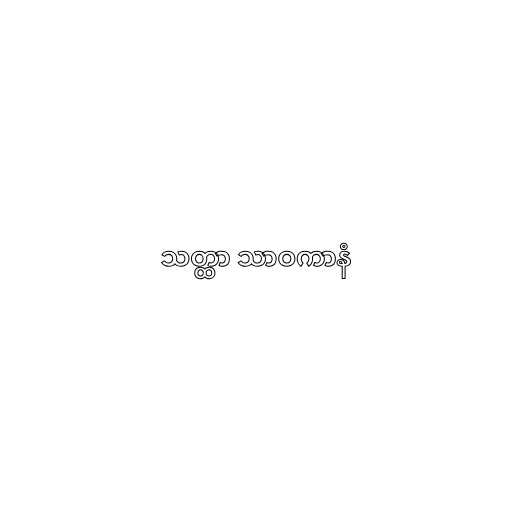
သတ္ထာ သာဝကာနံ